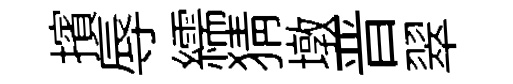
擯辱繻猜墩晋翠